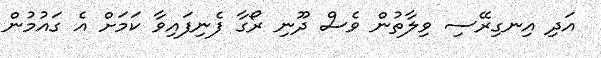
އަދި އިނގިރޭސި ވިލާތުން ވެސް ދޫނި ރޯގާ ފެނިފައިވާ ކަމަށް އެ ގައުމުން